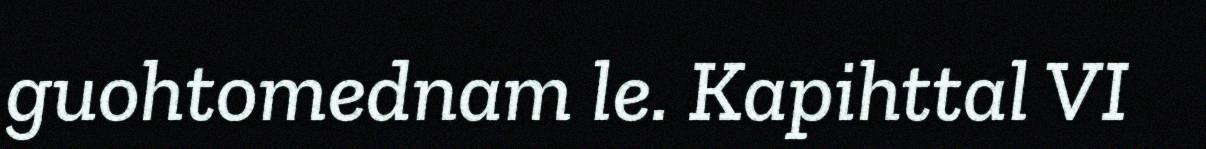
guohtomednam le. Kapihttal VI